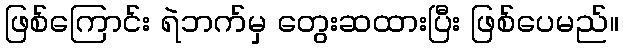
ဖြစ်ကြောင်း ရဲဘက်မှ တွေးဆထားပြီး ဖြစ်ပေမည်။